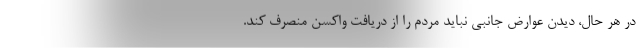
در هر حال، دیدن عوارض جانبی نباید مردم را از دریافت واکسن منصرف کند.